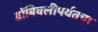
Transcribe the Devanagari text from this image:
डोंबिवलीपर्यंतचा